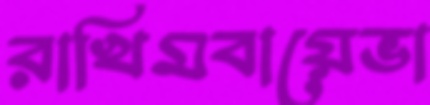
রাখিমবায়েভা